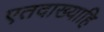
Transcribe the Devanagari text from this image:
एतदाख्याहि